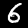
Label: 6